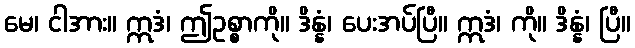
မေ၊ ငါအား။ ဣဒံ၊ ဤဥစ္စာကို။ ဒိန္နံ၊ ပေးအပ်ပြီ။ ဣဒံ၊ ကို။ ဒိန္နံ၊ ပြီ။